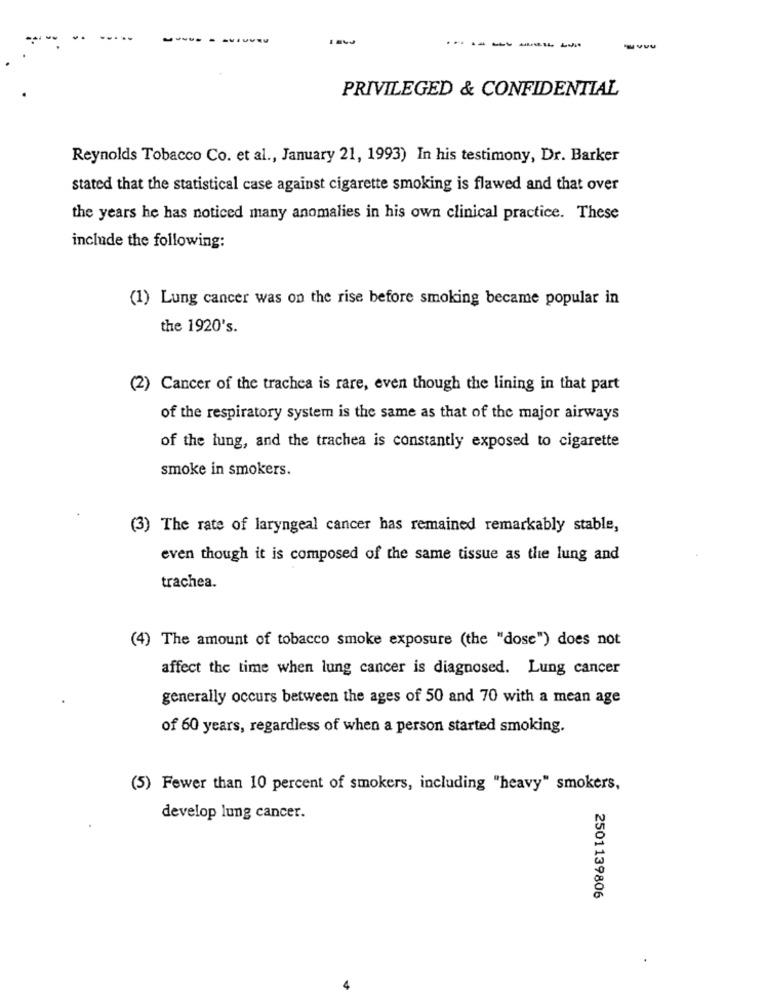
-
------
PRIVILEGED & CONFIDENTIAL
Reynolds Tobacco Co. et al ., January 21, 1993) In his testimony, Dr. Barker
stated that the statistical case against cigarette smoking is flawed and that over
the years he has noticed many anomalies in his own clinical practice. These
include the following:
(1) Lung cancer was on the rise before smoking became popular in
the 1920's.
(2) Cancer of the trachea is rare, even though the lining in that part
of the respiratory system is the same as that of the major airways
of the lung, and the trachea is constantly exposed to cigarette
smoke in smokers.
(3) The rate of laryngeal cancer has remained remarkably stable,
even though it is composed of the same tissue as the lung and
trachea.
(4) The amount of tobacco smoke exposure (the "dose") does not
affect the time when lung cancer is diagnosed. Lung cancer
generally occurs between the ages of 50 and 70 with a mean age
of 60 years, regardless of when a person started smoking.
(5) Fewer than 10 percent of smokers, including "heavy" smokers,
develop lung cancer.
2501139806